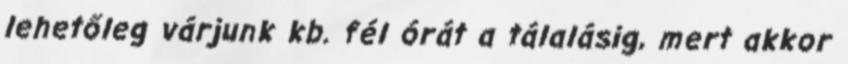
lehetőleg várjunk kb. fél órát a tálalásig, mert akkor